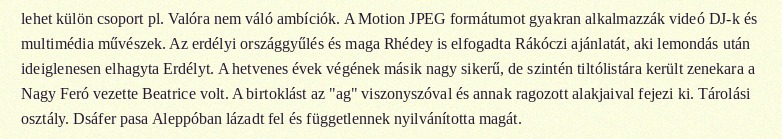
lehet külön csoport pl. Valóra nem váló ambíciók. A Motion JPEG formátumot gyakran alkalmazzák videó DJ-k és multimédia művészek. Az erdélyi országgyűlés és maga Rhédey is elfogadta Rákóczi ajánlatát, aki lemondás után ideiglenesen elhagyta Erdélyt. A hetvenes évek végének másik nagy sikerű, de szintén tiltólistára került zenekara a Nagy Feró vezette Beatrice volt. A birtoklást az "ag" viszonyszóval és annak ragozott alakjaival fejezi ki. Tárolási osztály. Dsáfer pasa Aleppóban lázadt fel és függetlennek nyilvánította magát.